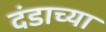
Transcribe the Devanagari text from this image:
दंडाच्या